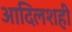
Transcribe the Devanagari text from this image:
आदिलशही